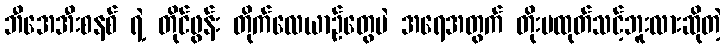
ဘီအေအီးစနစ် ရဲ့ တိုင်ဖွန်း တိုက်လေယာဉ်တွေပဲ အရေအတွက် တိုးမထုတ်သင့်ဘူးလားဆိုတဲ့